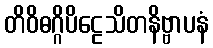
တိဝိဓဂ္ဂိပိဠေသိတနိဗ္ဗာပနံ